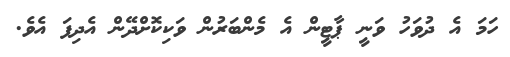
ހަމަ އެ ދުވަހު ވަނީ ޕާޓީން އެ މެންބަރުން ވަކިކޮށްދޭން އެދިފަ އެވެ.